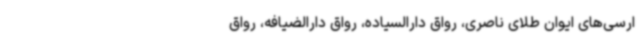
ارسی‌های ایوان طلای ناصری، رواق دارالسیاده، رواق دارالضیافه، رواق